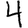
Digit: 4